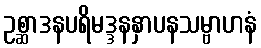
ဥစ္ဆာဒနပရိမဒ္ဒနနှာပနသမ္ဗာဟနံ